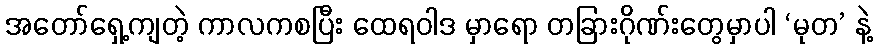
အတော်ရှေ့ကျတဲ့ ကာလကစပြီး ထေရဝါဒ မှာရော တခြားဂိုဏ်းတွေမှာပါ ‘မုတ’ နဲ့